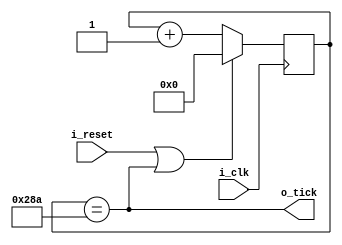
`timescale 1ns / 1ps

module BaudRate_Generator
#(
    parameter NB_BaudRate    = 16,
    parameter BaudRate       = 651 // clk/(BaudRate(9600) * 16) = 100MHz / (9600 * 16)
)
(
    input   i_clk,
    input   i_reset,
    
    output  o_tick
);


reg [NB_BaudRate -1 : 0] BaudRate_reg;

always @(posedge i_clk) begin
    if(i_reset || o_tick)
        BaudRate_reg <= {NB_BaudRate{1'b0}};
    else
        BaudRate_reg <= BaudRate_reg + 1'b1;
end

assign o_tick = (BaudRate_reg == BaudRate - 1'b1); // A los 650 manda un 1

endmodule